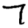
Digit: 7